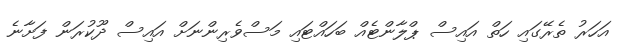
އަހަރު ތެރޭގައި ހަތް އައިސް ޕްލާންޓެއް ބަހައްޓައި މަސްވެރިންނަށް އައިސް ދޫކުރަން ފަށާނެ